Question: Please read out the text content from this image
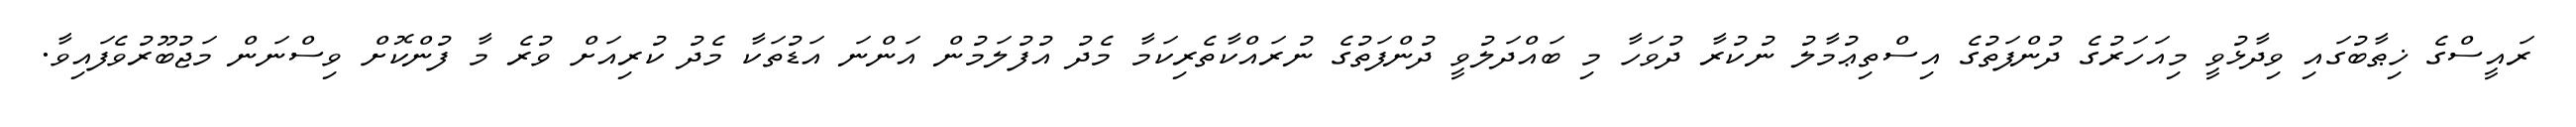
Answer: ރައީސްގެ ޚިޠާބުގައި ވިދާޅުވީ މިއަހަރުގެ ދުންފަތުގެ އިސްތިޢުމާލު ނުކުރާ ދުވަހާ މި ބައްދަލުވީ ދުންފަތުގެ ނުރައްކާތެރިކަމާ މެދު އުފުލަމުން އަންނަ އަޑުތަކާ މެދު ކުރިއަށް ވުރެ މާ ފުންކޮށް ވިސްނަން މަޖުބޫރުވެފައިވާ.